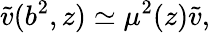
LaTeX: \tilde{v}(b^{2},z)\simeq\mu^{2}(z)\tilde{v},